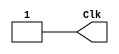
`timescale 1ns/1ns

module Clock_200(Clk);

output reg Clk;

initial begin
	Clk = 1'b1;
end

always begin
	#100 Clk = 1'b0;
	#100 Clk = 1'b1;
end
endmodule